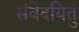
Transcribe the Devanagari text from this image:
संवेदयितुं